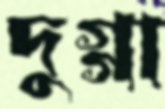
দুগ্গা